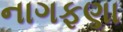
નાગફણા